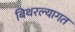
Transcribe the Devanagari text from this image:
बिथरल्यागत